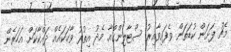
މެޗު ފަށަން ކުޑަތަން ވެފައިވާއިރު ސްޓާލިންގްއާ މެދު އިތުރު ވާހަކައެއް ދައްކާކަށް އަހަރެން